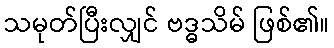
သမုတ်ပြီးလျှင် ဗဒ္ဓသိမ် ဖြစ်၏။